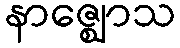
နာဇ္ဈောသ